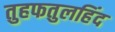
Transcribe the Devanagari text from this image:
तुहफतुलहिंद